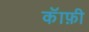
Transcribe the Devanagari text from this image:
कॅाफ़ी